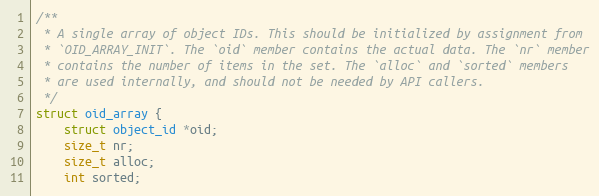
Language: C
/**
 * A single array of object IDs. This should be initialized by assignment from
 * `OID_ARRAY_INIT`. The `oid` member contains the actual data. The `nr` member
 * contains the number of items in the set. The `alloc` and `sorted` members
 * are used internally, and should not be needed by API callers.
 */
struct oid_array {
	struct object_id *oid;
	size_t nr;
	size_t alloc;
	int sorted;